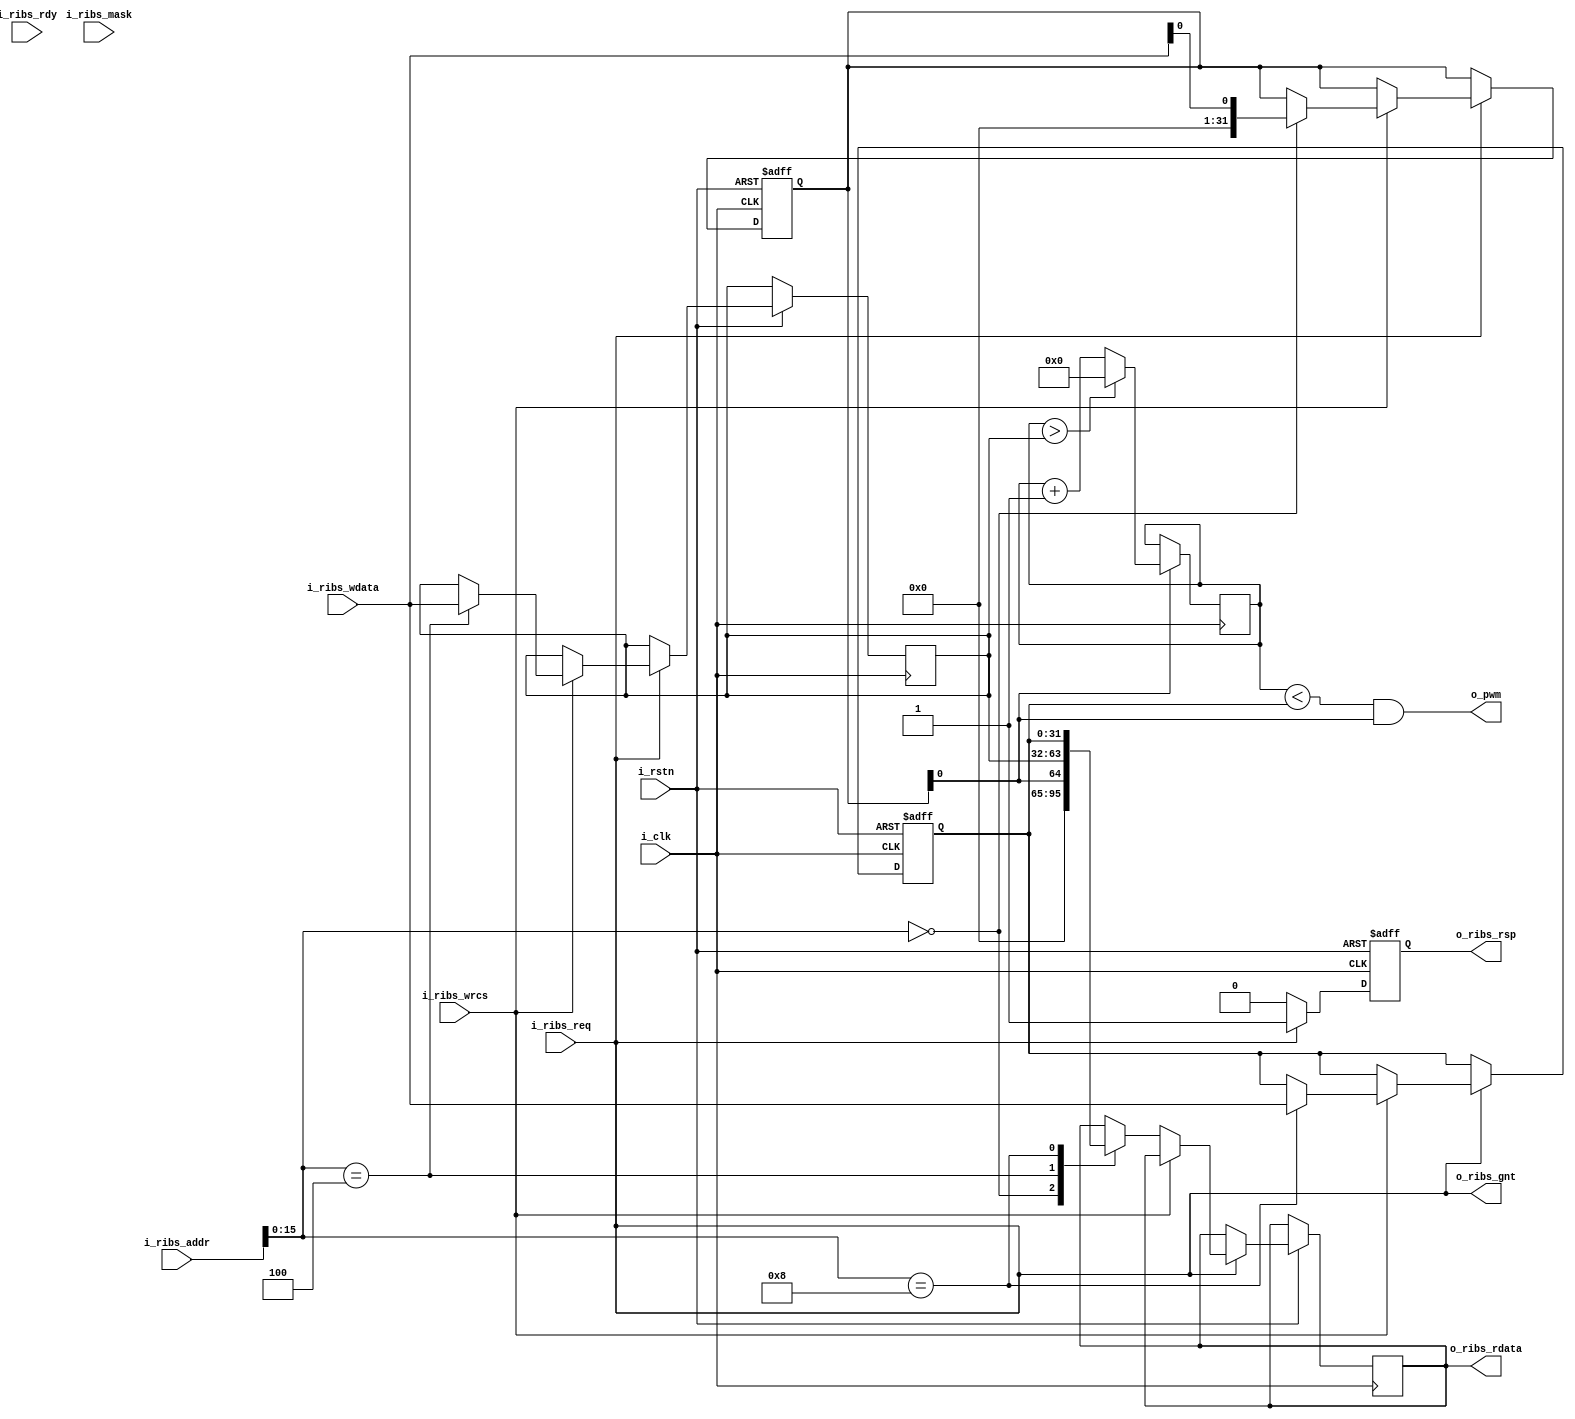








//: 0xf3

module PWM2RIB (
    input wire i_clk,
    input wire i_rstn,
    //RIB
    input wire[31:0] i_ribs_addr,//
    input wire i_ribs_wrcs,//
    input wire[3:0] i_ribs_mask, //
    input wire[31:0] i_ribs_wdata, //
    output reg[31:0] o_ribs_rdata,

    input wire i_ribs_req, 
    output wire o_ribs_gnt, 
    output reg o_ribs_rsp, 
    input wire i_ribs_rdy,

    output wire o_pwm
);

//ctrl:
//
reg[31:0] timer_ctrl;
//
reg[31:0] timer_reload;
//
reg[31:0] timer_cnt;
//
reg[31:0] timer_comp;

always @(posedge i_clk or negedge i_rstn) begin
    if(~i_rstn)begin
        timer_ctrl<=32'h0;
        timer_comp<=32'h0;
        o_ribs_rsp<=1'b0;
    end
    else if(i_ribs_req) begin
        o_ribs_rsp <= 1'b1;
        if(i_ribs_wrcs)begin//
            case(i_ribs_addr[15:0])
                16'h000:begin
                    //
                    timer_ctrl <= {31'b0,i_ribs_wdata[0]};
                end
                16'h004:begin//
                    timer_reload <= i_ribs_wdata;
                end
                16'h008:begin//
                    timer_comp <= i_ribs_wdata;
                end
            endcase
        end
        else begin//
            case(i_ribs_addr[15:0])
                16'h000:begin
                    //
                    o_ribs_rdata <= {31'b0,timer_ctrl[0]};
                end
                16'h004:begin//
                    o_ribs_rdata <= timer_reload;
                end
                16'h008:begin//
                    o_ribs_rdata <= timer_comp;
                end
            endcase
        end
    end
    else begin
        o_ribs_rsp <= 1'b0;
    end
end


always @(posedge i_clk) begin
    //
    if(timer_ctrl[0])begin//pwm
        if(timer_cnt > timer_reload)begin
            timer_cnt <=0;
        end
        else begin
            timer_cnt <= timer_cnt + 1;
        end
    end
end

assign o_ribs_gnt = i_ribs_req;

//,
assign o_pwm = (timer_cnt < timer_comp) & timer_ctrl[0];

endmodule